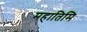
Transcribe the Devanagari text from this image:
महातिमि